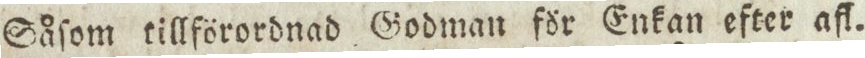
Såſom tillförordnad Godman för Enkan efter afl.